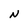
Character: N